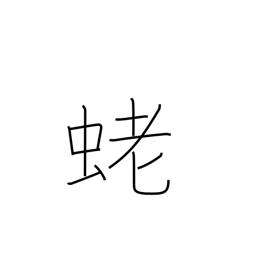
Meaning: shrimp